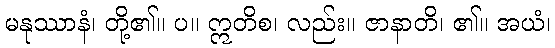
မနုဿာနံ၊ တို့၏။ ပ။ ဣတိစ၊ လည်း။ ဇာနာတိ၊ ၏။ အယံ၊